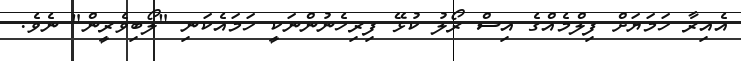
އެއިރާ ހަމަޔަށް ފިލްމެއްގެ އިސް ރޯލު ކުޅޭ ފިރިހެނުންނަކީ ހަމައެކަނި "ލޯބިވެރީން" ނެވެ.